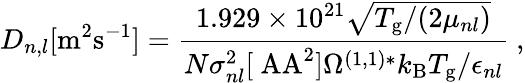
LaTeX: D_{n,l}[\mathrm{m^{2}s^{-1}}]=\frac{1.929\times 10^{21}\sqrt{T_{\mathrm{g}}/(2\mu_{nl})}}{N\sigma_{nl}^{2}[\mathrm{\ AA^{2}}]\Omega^{(1,1)*}k_{\mathrm{B}}T_{\mathrm{g}}/\epsilon_{nl}}\ ,